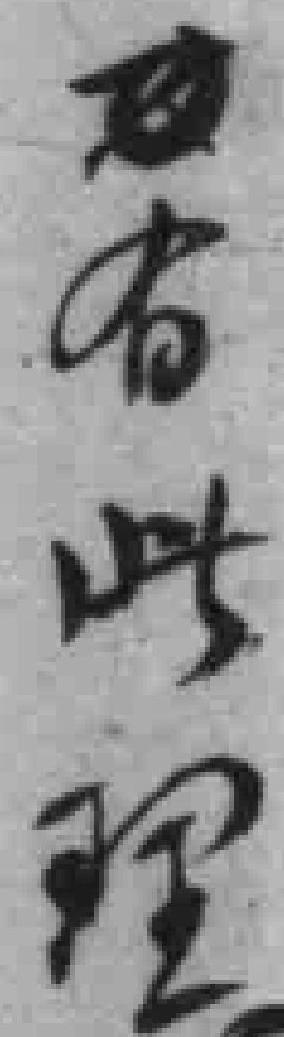
*有此理